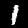
Digit: 1